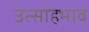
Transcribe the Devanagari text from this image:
उत्साहभाव